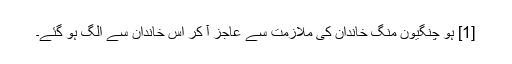
[1] ہُو چنگیون منگ خاندان کی ملازمت سے عاجز آ کر اِس خاندان سے الگ ہو گئے۔